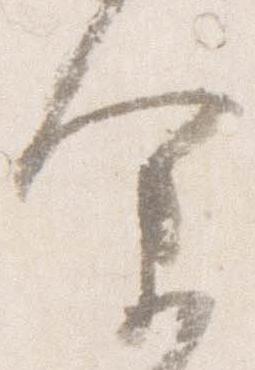
余